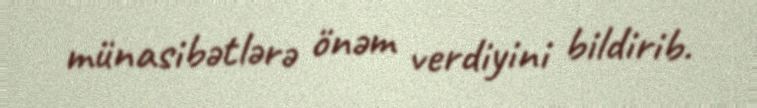
münasibətlərə önəm verdiyini bildirib.